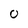
Character: O